Investigations on Bengal jail dietaries - Number 37
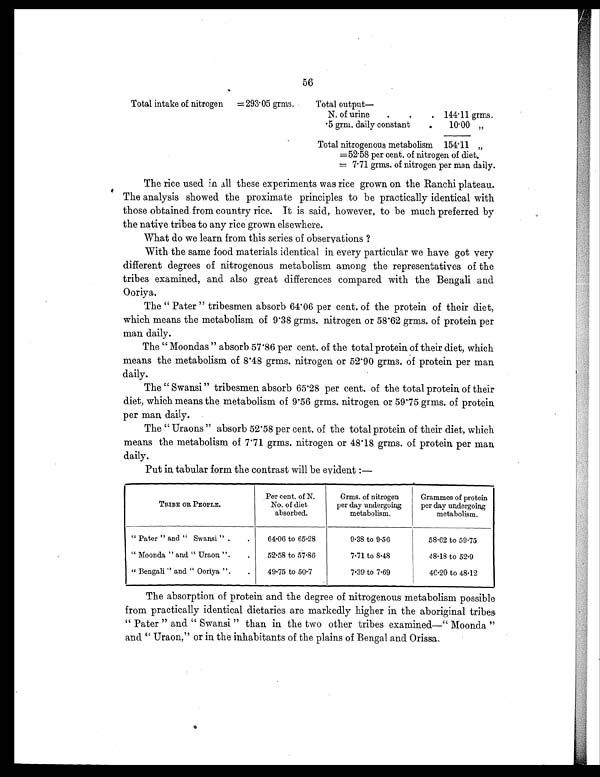
56
Total intake of nitrogen
=293.05 grms.
T o t a l o u t p u t —
N. of urine
.
.
.
144.11 grms.
.5 grm. daily constant
.
10.00 „
Total nitrogenous metabolism 154.11 „
=52.58 per cent. of nitrogen of diet.
= 7.71 grms. of nitrogen per man daily.
The rice used in all these experiments was rice grown on the Ranchi plateau.
The analysis showed the proximate principles to be practically identical with
those obtained from country rice. it is said, however, to be much preferred by
the native tribes to any rice grown elsewhere.
What do we learn from this series of observations ?
With the same food materials identical in every particular we have got very
different degrees of nitrogenous metabolism among the representatives of the
tribes examined, and also great differences compared with the Bengali and
Ooriya.
The" Pater" tribesmen absorb 64.06 per cent. of the protein of their diet,
which means the metabolism of 9.38 grms. nitrogen or 58.62 grms. of protein per
man daily.
The" Moondas" absorb 57.86 per cent. of the total protein of their diet, which
means the metabolism of 8.48 grms. nitrogen or 52.90 grms. of protein per man
daily.
The" Swansi" tribesmen absorb 65.28 per cent. of the total protein of their
diet, which means the metabolism of 9.56 grms. nitrogen or 59.75 grms. of protein
per man daily.
The" Uraons" absorb 52.58 per cent. of the total protein of their diet, which
means the metabolism of 7.71 grms. nitrogen or 48.18 grms. of protein per man
daily.
Put in tabular form the contrast will be evident:—
TRIBE OR PEOPLE.
Per cent. of N.
No. of diet
absorbed.
Grms. of nitrogen
per day undergoing
metabolism.
Grammes of protein
per day undergoing
metabolism.
" Pater" and" Swansi" .
.
64.06 to 65.28
9.38 to 9.56
58.62 to 59.75
" Moonda" and" Uraon".
.
52.58 to 57.86
7.71 to 8.48
48.18 to 52.9
" Bengali" and" Ooriya" .
.
49.75 to 50.7
7.39 to 7.69
46.20 to 48.12
The absorption of protein and the degree of nitrogenous metabolism possible
from practically identical dietaries are markedly higher in the aboriginal tribes
" P a t e r " a n d " S w a n s i " t h a n i n t h e t w o o t h e r t r i b e s e x a m i n e d — " M o o n d a "
and" Uraon," or in the inhabitants of the plains of Bengal and Orissa.